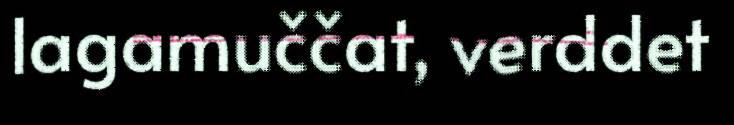
lagamuččat, verddet